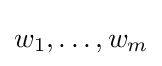
w_{1},\dots ,w_{m}